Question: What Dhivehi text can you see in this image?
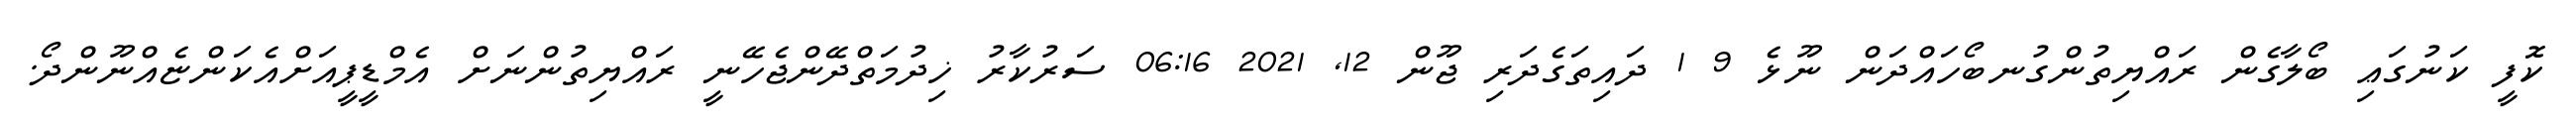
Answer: ކޮފީ ކަނުގަޢި ބޯލާގެން ރައްޔިތުންގުނބޯހައްދަން ނޫޅެ 9 1 ދައިތަގެދަރި ޖޫން 12, 2021 06:16 ސަރުކާރު ޚިދުމަތްދޭންޖެހޭނީ ރައްޔިތުންނަށް އެމްޑީޕީއަށްއެކަންޏެއްނޫންދޯ.